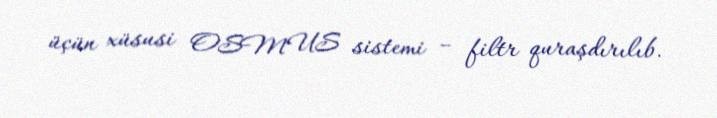
üçün xüsusi OSMUS sistemi – filtr quraşdırılıb.